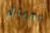
رويال